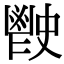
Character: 𩰡